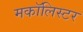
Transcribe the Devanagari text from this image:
मकॉलिस्टर